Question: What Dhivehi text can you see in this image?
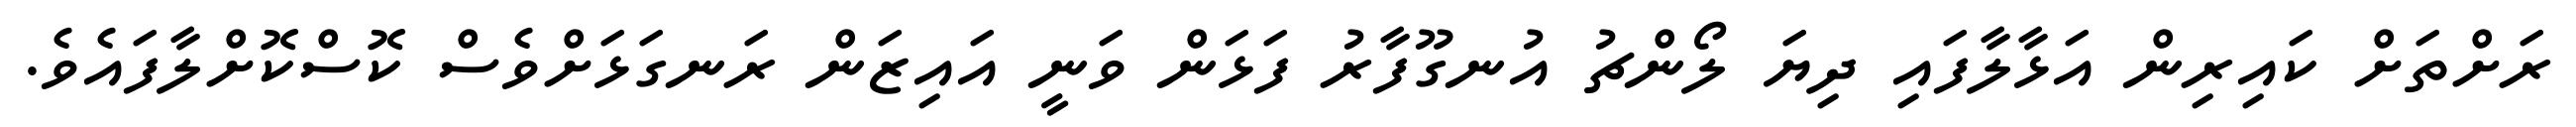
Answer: ރަށްތަށް ކައިރިން އަޅާލާފައި ދިޔަ ލޯންޗު އުނގޫފާރު ފަޅަން ވަނީ އައިޒަން ރަނގަޅަށްވެސް ކޮސްކޮށްލާފައެވެ.